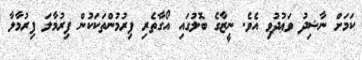
ކަމަށް ނާޝިދު ވަޢުދުވި އެވެ. ނީޒާގެ ބޮލުގައި އޯގާތެރި ފިރުމުންތަކަކުން ފިރުމާލަ ފިރުމާލާ